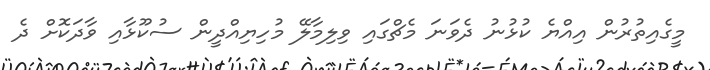
މީގެއިތުރުން އިއްޔެ ކުޅުނު ދެވަނަ މެޗްގައި ވިލިމާލޭ މުހިޔިއްދީން ސުކޫޅާއި ވާދަކޮށް ދެ